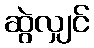
ဆွဲလျှင်